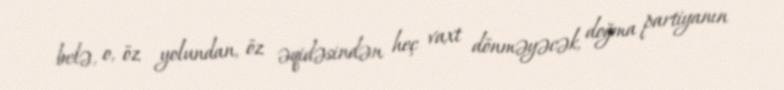
belə, o, öz yolundan, öz əqidəsindən heç vaxt dönməyəcək, doğma partiyanın